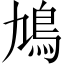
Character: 鳩